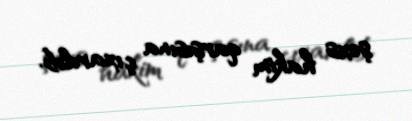
şəxs hakim qarşısına çıxarılıb.